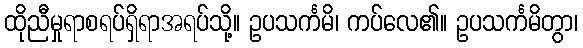
ထိုညီမှုရာစရပ်ရှိရာအရပ်သို့။ ဥပသင်္ကမိ၊ ကပ်လေ၏။ ဥပသင်္ကမိတွာ၊